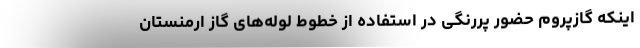
اینکه گازپروم حضور پررنگی در استفاده از خطوط لوله‌های گاز ارمنستان